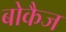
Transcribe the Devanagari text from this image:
बोकैज